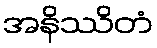
အနိဿိတံ